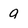
Character: 9